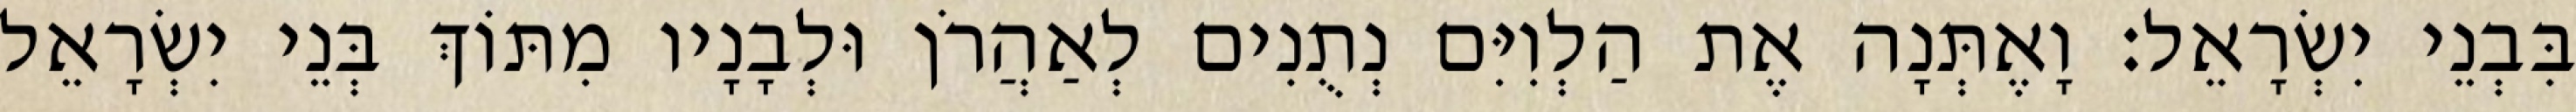
בִּבְנֵי יִשְׂרָאֵל׃ וָאֶתְּנָה אֶת הַלְוִיִּם נְתֻנִים לְאַהֲרֹן וּלְבָנָיו מִתּוֹךְ בְּנֵי יִשְׂרָאֵל